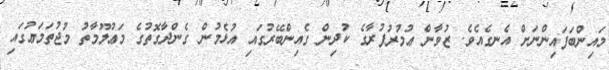
މައިންބަފައިންނަށް އެނގެއެވެ. ޒުވާން ޢުމުރުފުރާގެ ކުދިން ގެއިންބޭރުގައި އުޅެމުން ގެންދާގޮތުގެ މަޢުލޫމާތު މުޖުތަމަޢުގައި